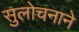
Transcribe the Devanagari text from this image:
सुलोचनाने